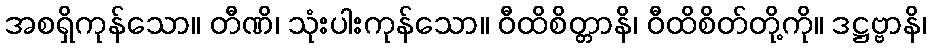
အစရှိကုန်သော။ တီဏိ၊ သုံးပါးကုန်သော။ ဝီထိစိတ္တာနိ၊ ဝီထိစိတ်တို့ကို။ ဒဋ္ဌဗ္ဗာနိ၊